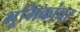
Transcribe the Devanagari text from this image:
भूमिकांवर